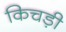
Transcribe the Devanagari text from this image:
किचड़ी